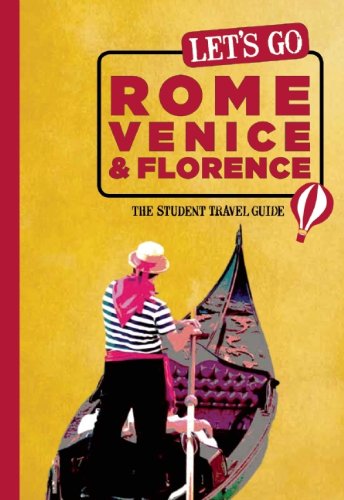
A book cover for Let's Go Rome, Venice & Florence: The Student Travel Guide; Inc. Harvard Student Agencies; Travel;